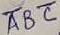
Text: ABC